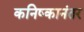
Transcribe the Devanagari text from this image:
कनिष्कानंतर